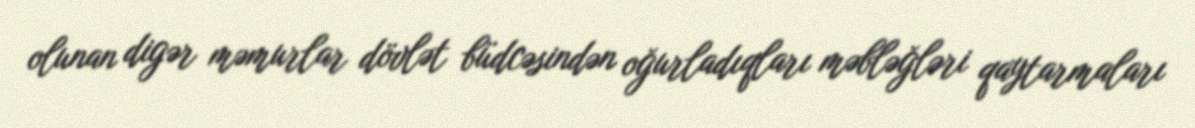
olunan digər məmurlar dövlət büdcəsindən oğurladıqları məbləğləri qaytarmaları